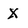
Character: X